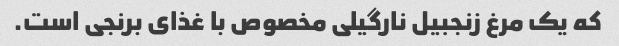
که یک مرغ زنجبیل نارگیلی مخصوص با غذای برنجی است.